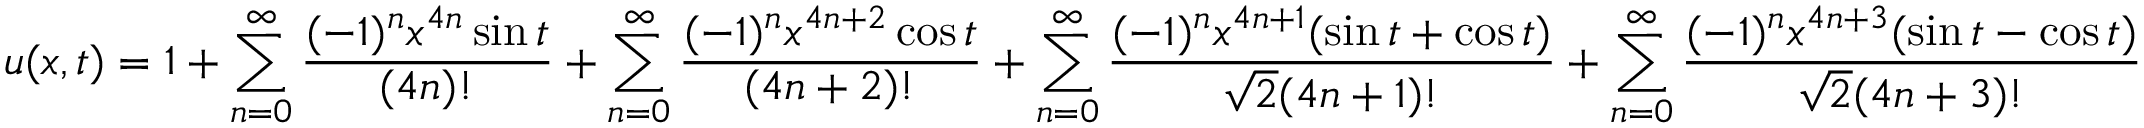
u ( x , t ) = 1 + \sum _ { n = 0 } ^ { \infty } \frac { ( - 1 ) ^ { n } x ^ { 4 n } \sin t } { ( 4 n ) ! } + \sum _ { n = 0 } ^ { \infty } \frac { ( - 1 ) ^ { n } x ^ { 4 n + 2 } \cos t } { ( 4 n + 2 ) ! } + \sum _ { n = 0 } ^ { \infty } \frac { ( - 1 ) ^ { n } x ^ { 4 n + 1 } ( \sin t + \cos t ) } { \sqrt 2 ( 4 n + 1 ) ! } + \sum _ { n = 0 } ^ { \infty } \frac { ( - 1 ) ^ { n } x ^ { 4 n + 3 } ( \sin t - \cos t ) } { \sqrt 2 ( 4 n + 3 ) ! }